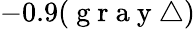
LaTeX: -0.9(\mathrm{~g~r~a~y~}\bigtriangleup)